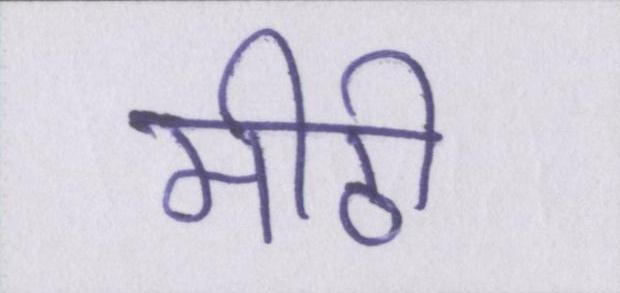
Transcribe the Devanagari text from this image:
मीठी